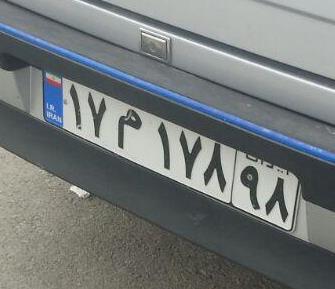
۱۷م۱۷۸۹۸